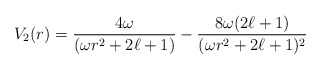
\begin{align*}V_2(r)=\frac{4\omega}{(\omega r^2+2\ell+1)}-\frac{8\omega(2\ell+1)}{(\omega r^2+2\ell+1)^2}\end{align*}